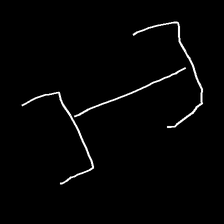
Glyph: entwine